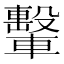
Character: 轚